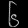
Digit: ၆